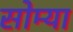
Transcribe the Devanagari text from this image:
सोम्या